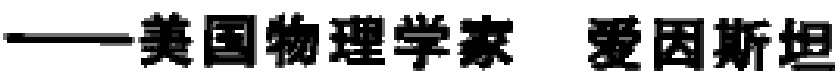
——美国物理学家 爱因斯坦